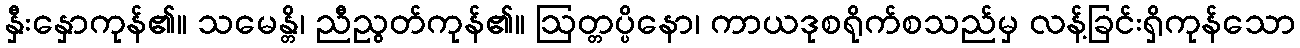
နှီးနှောကုန်၏။ သမေန္တိ၊ ညီညွတ်ကုန်၏။ ဩတ္တပ္ပိနော၊ ကာယဒုစရိုက်စသည်မှ လန့်ခြင်းရှိကုန်သော